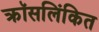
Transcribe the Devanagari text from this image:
क्रॉसलिंकित